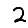
Digit: 2